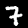
Label: 7